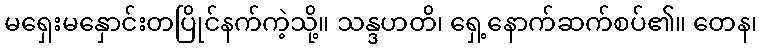
မရှေးမနှောင်းတပြိုင်နက်ကဲ့သို့။ သန္ဒဟတိ၊ ရှေ့နောက်ဆက်စပ်၏။ တေန၊